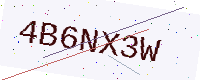
Text: 4B6NX3W